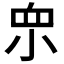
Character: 𱲨